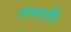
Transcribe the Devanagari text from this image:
गमनादि